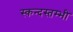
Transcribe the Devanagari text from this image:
स्कन्दस्तम्भी